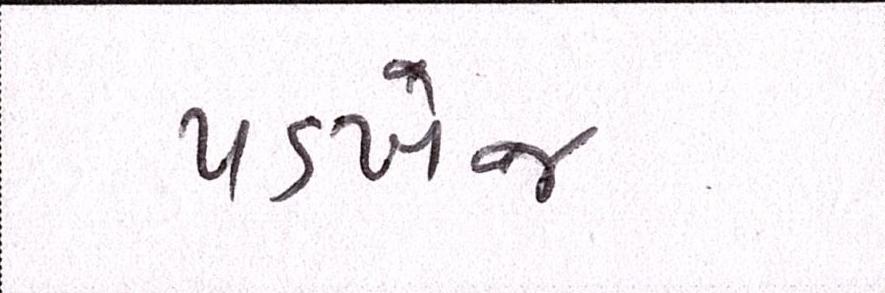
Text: પડખેજ